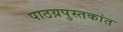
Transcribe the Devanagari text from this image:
पाठय़पुस्तकांत